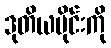
ဒုတိယပိုင်းကို